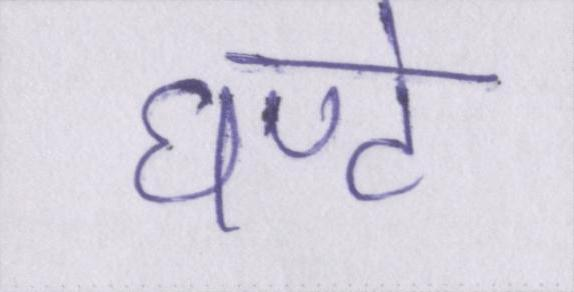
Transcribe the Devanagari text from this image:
घण्टे